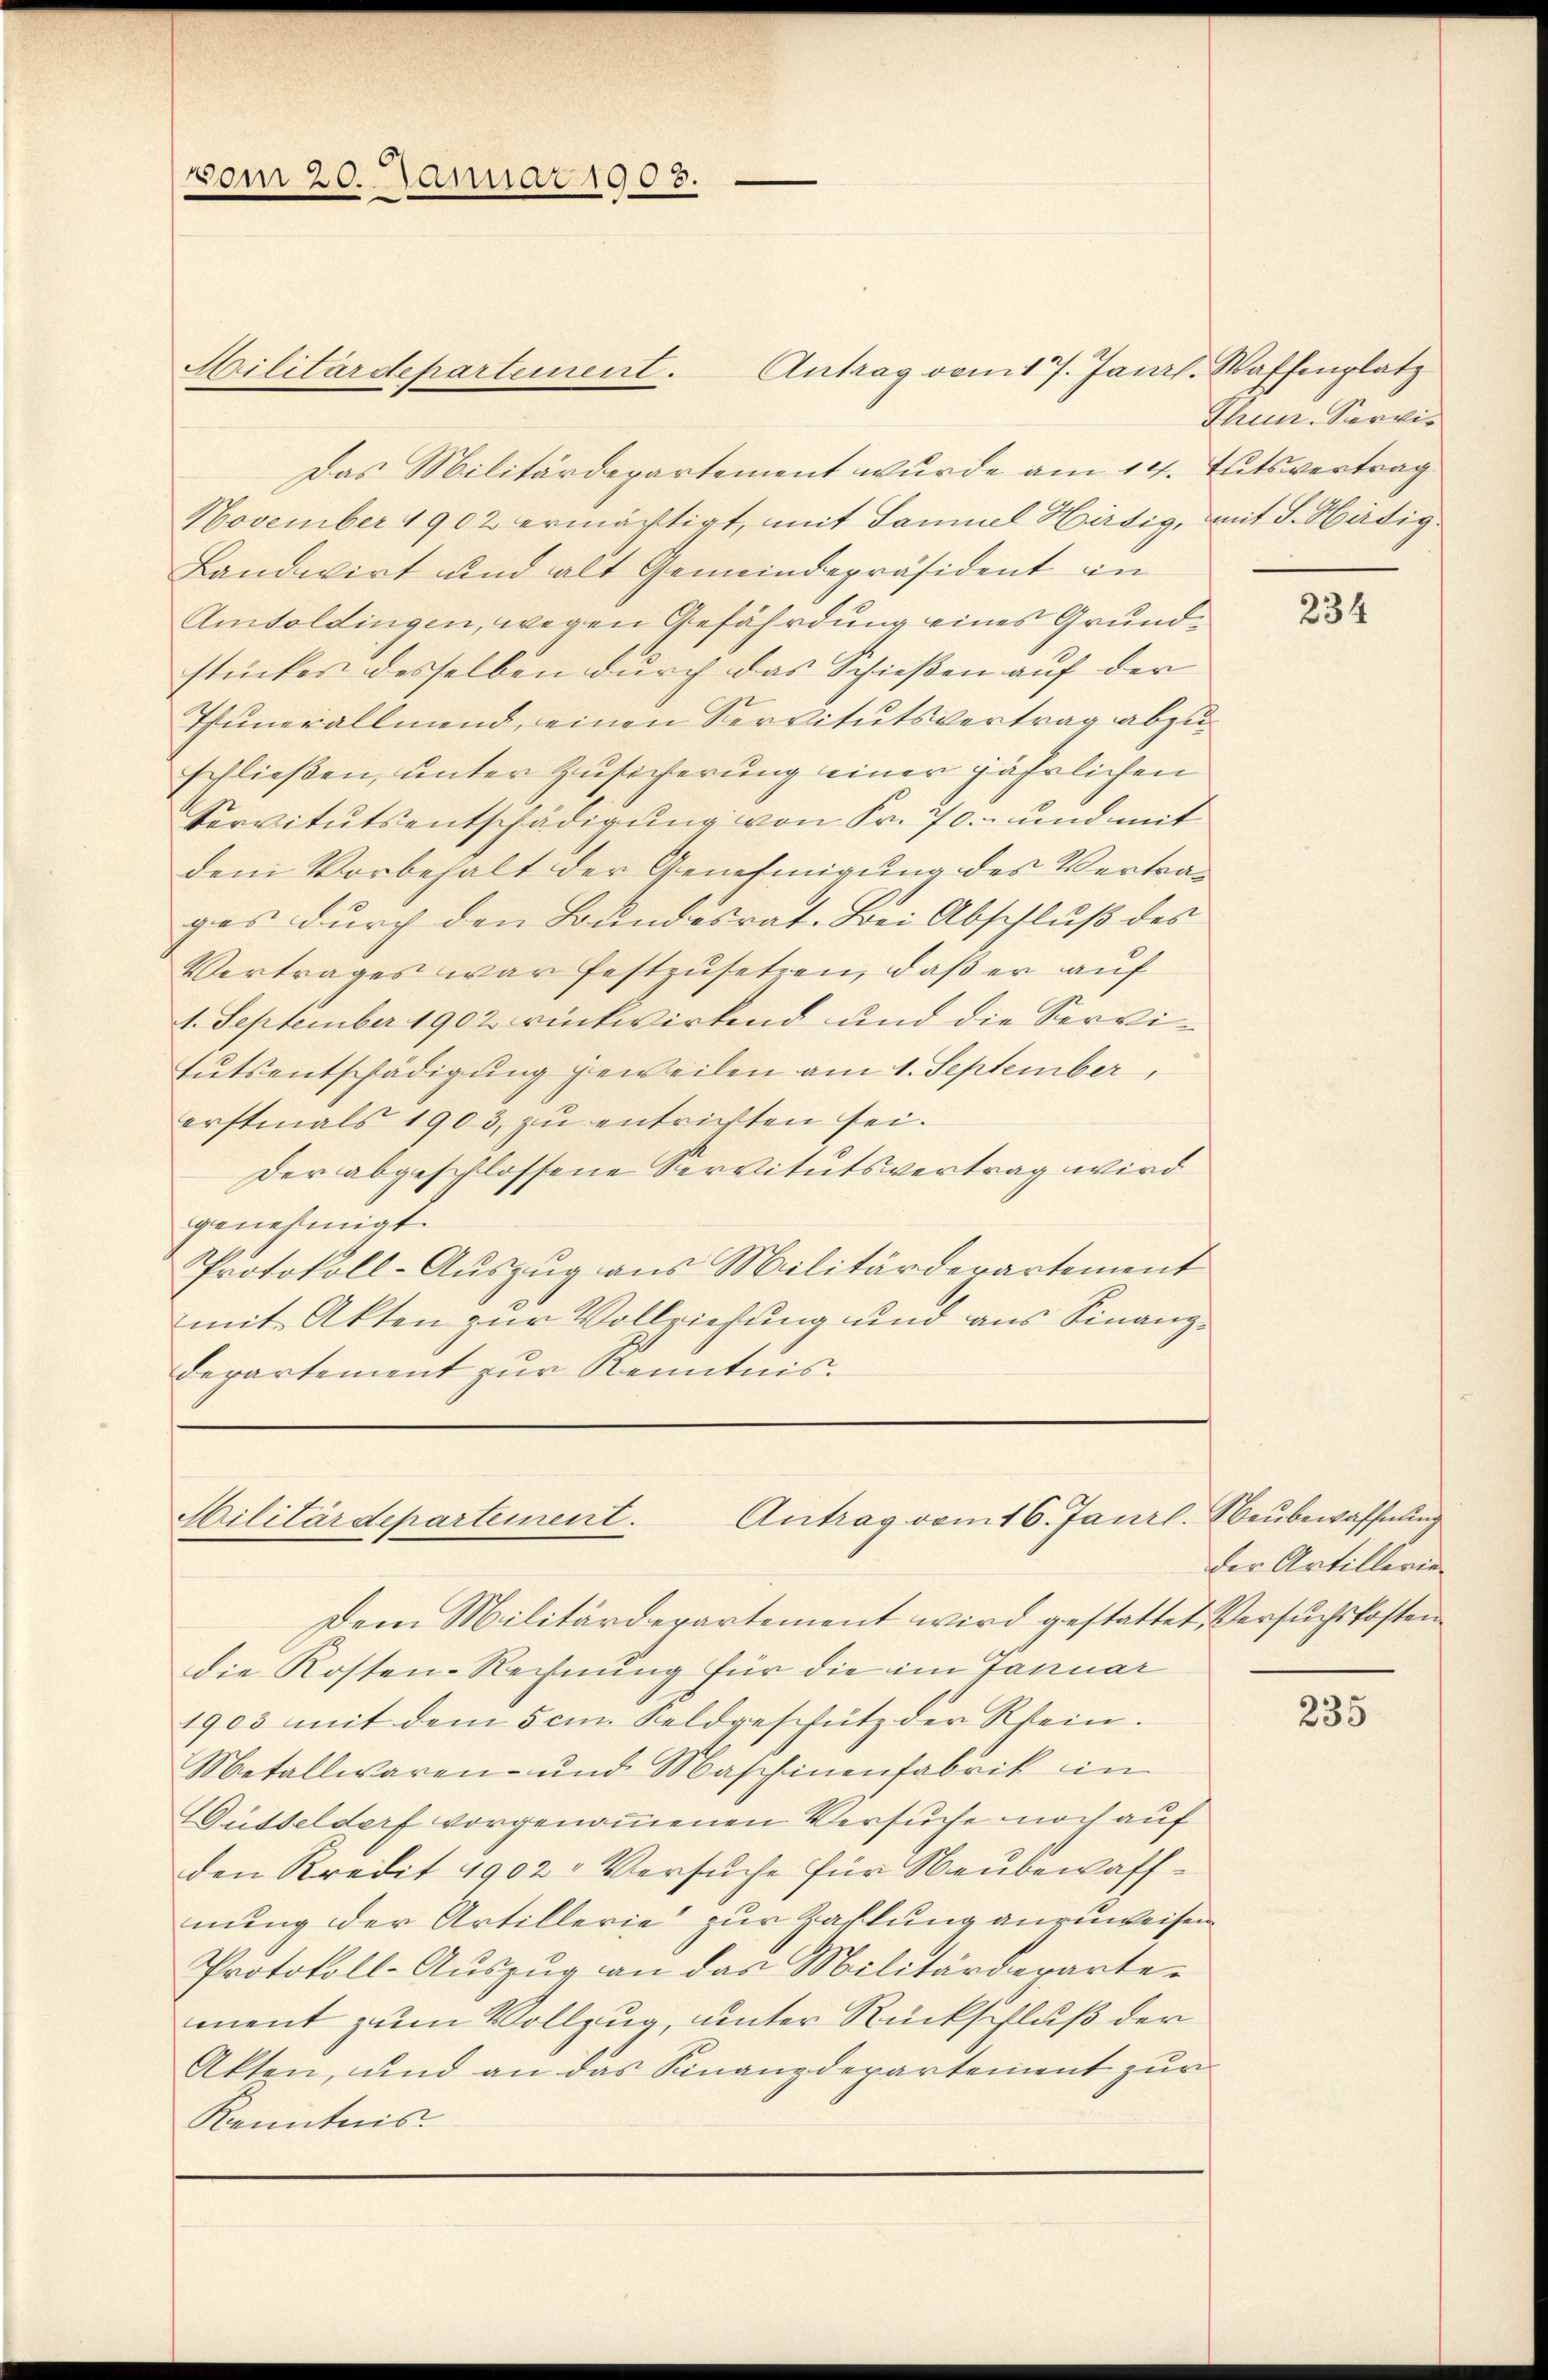
vom 20. Januar 1908.

Militärdepartement.

Antrag vom 16. Janrl. Neubewaffnung
Militärdepartement.

Antrag vom 17. Janrl. Waffenplatz
Das Militärdepartement wurde am 14. Tutsvertrag
November 1902 ermächtigt, mit Samuel Hirtig, mit J. Hätig
Bandwirt und alt Gemeindepräsident in
Amtoldingen, wegen Gefährdung eines Grundstückes desselben durch das Schießen auf der
Thunerallmend, einen Servitutsvertrag abzuschließen, unter Zusicherung einer jährlichen
Servitutsentschädigŭng von Fr. 70.- und mit
dem Vorbehalt der Genehmigung des Vertrages durch den Bundesrat. Bei Abschluß des
Vertrages war festzusetzen, daß er auf
1. September 1902 rückwirkend und die Servitutsentschädigung jeweilen am 1. September,
erstmals 1903, zu entrichten sei.
Der abgeschlossene Servitutsvertrag wird
genehmigt.
Protokoll-Auszug aus Militärderartement
mit Akten zur Vollziehung und aus Finanz¬
Departement zur Kenntnis.

Thun. Servie

Dem Militärdepartement wird gestattet, Versuchskosten
die Kosten-Rechnung für die im Januar
1903 mit dem 5 cm Feldgeschütz der Rhein.
Metallwaren- und Maschinenfabrik in
Güsseldorf vorgenommenen Versuche noch auf
den Kredit 1902. Versuche für Neubewaffnung der Artillerie zur Zahlung anzuweisen
Protokoll-Auszug an das Militärdepartement zum Vollzug, unter Rückschluß der
Akten, und an das Finanzdepartement zur
Kenntnis.

234

der Artillerie

235